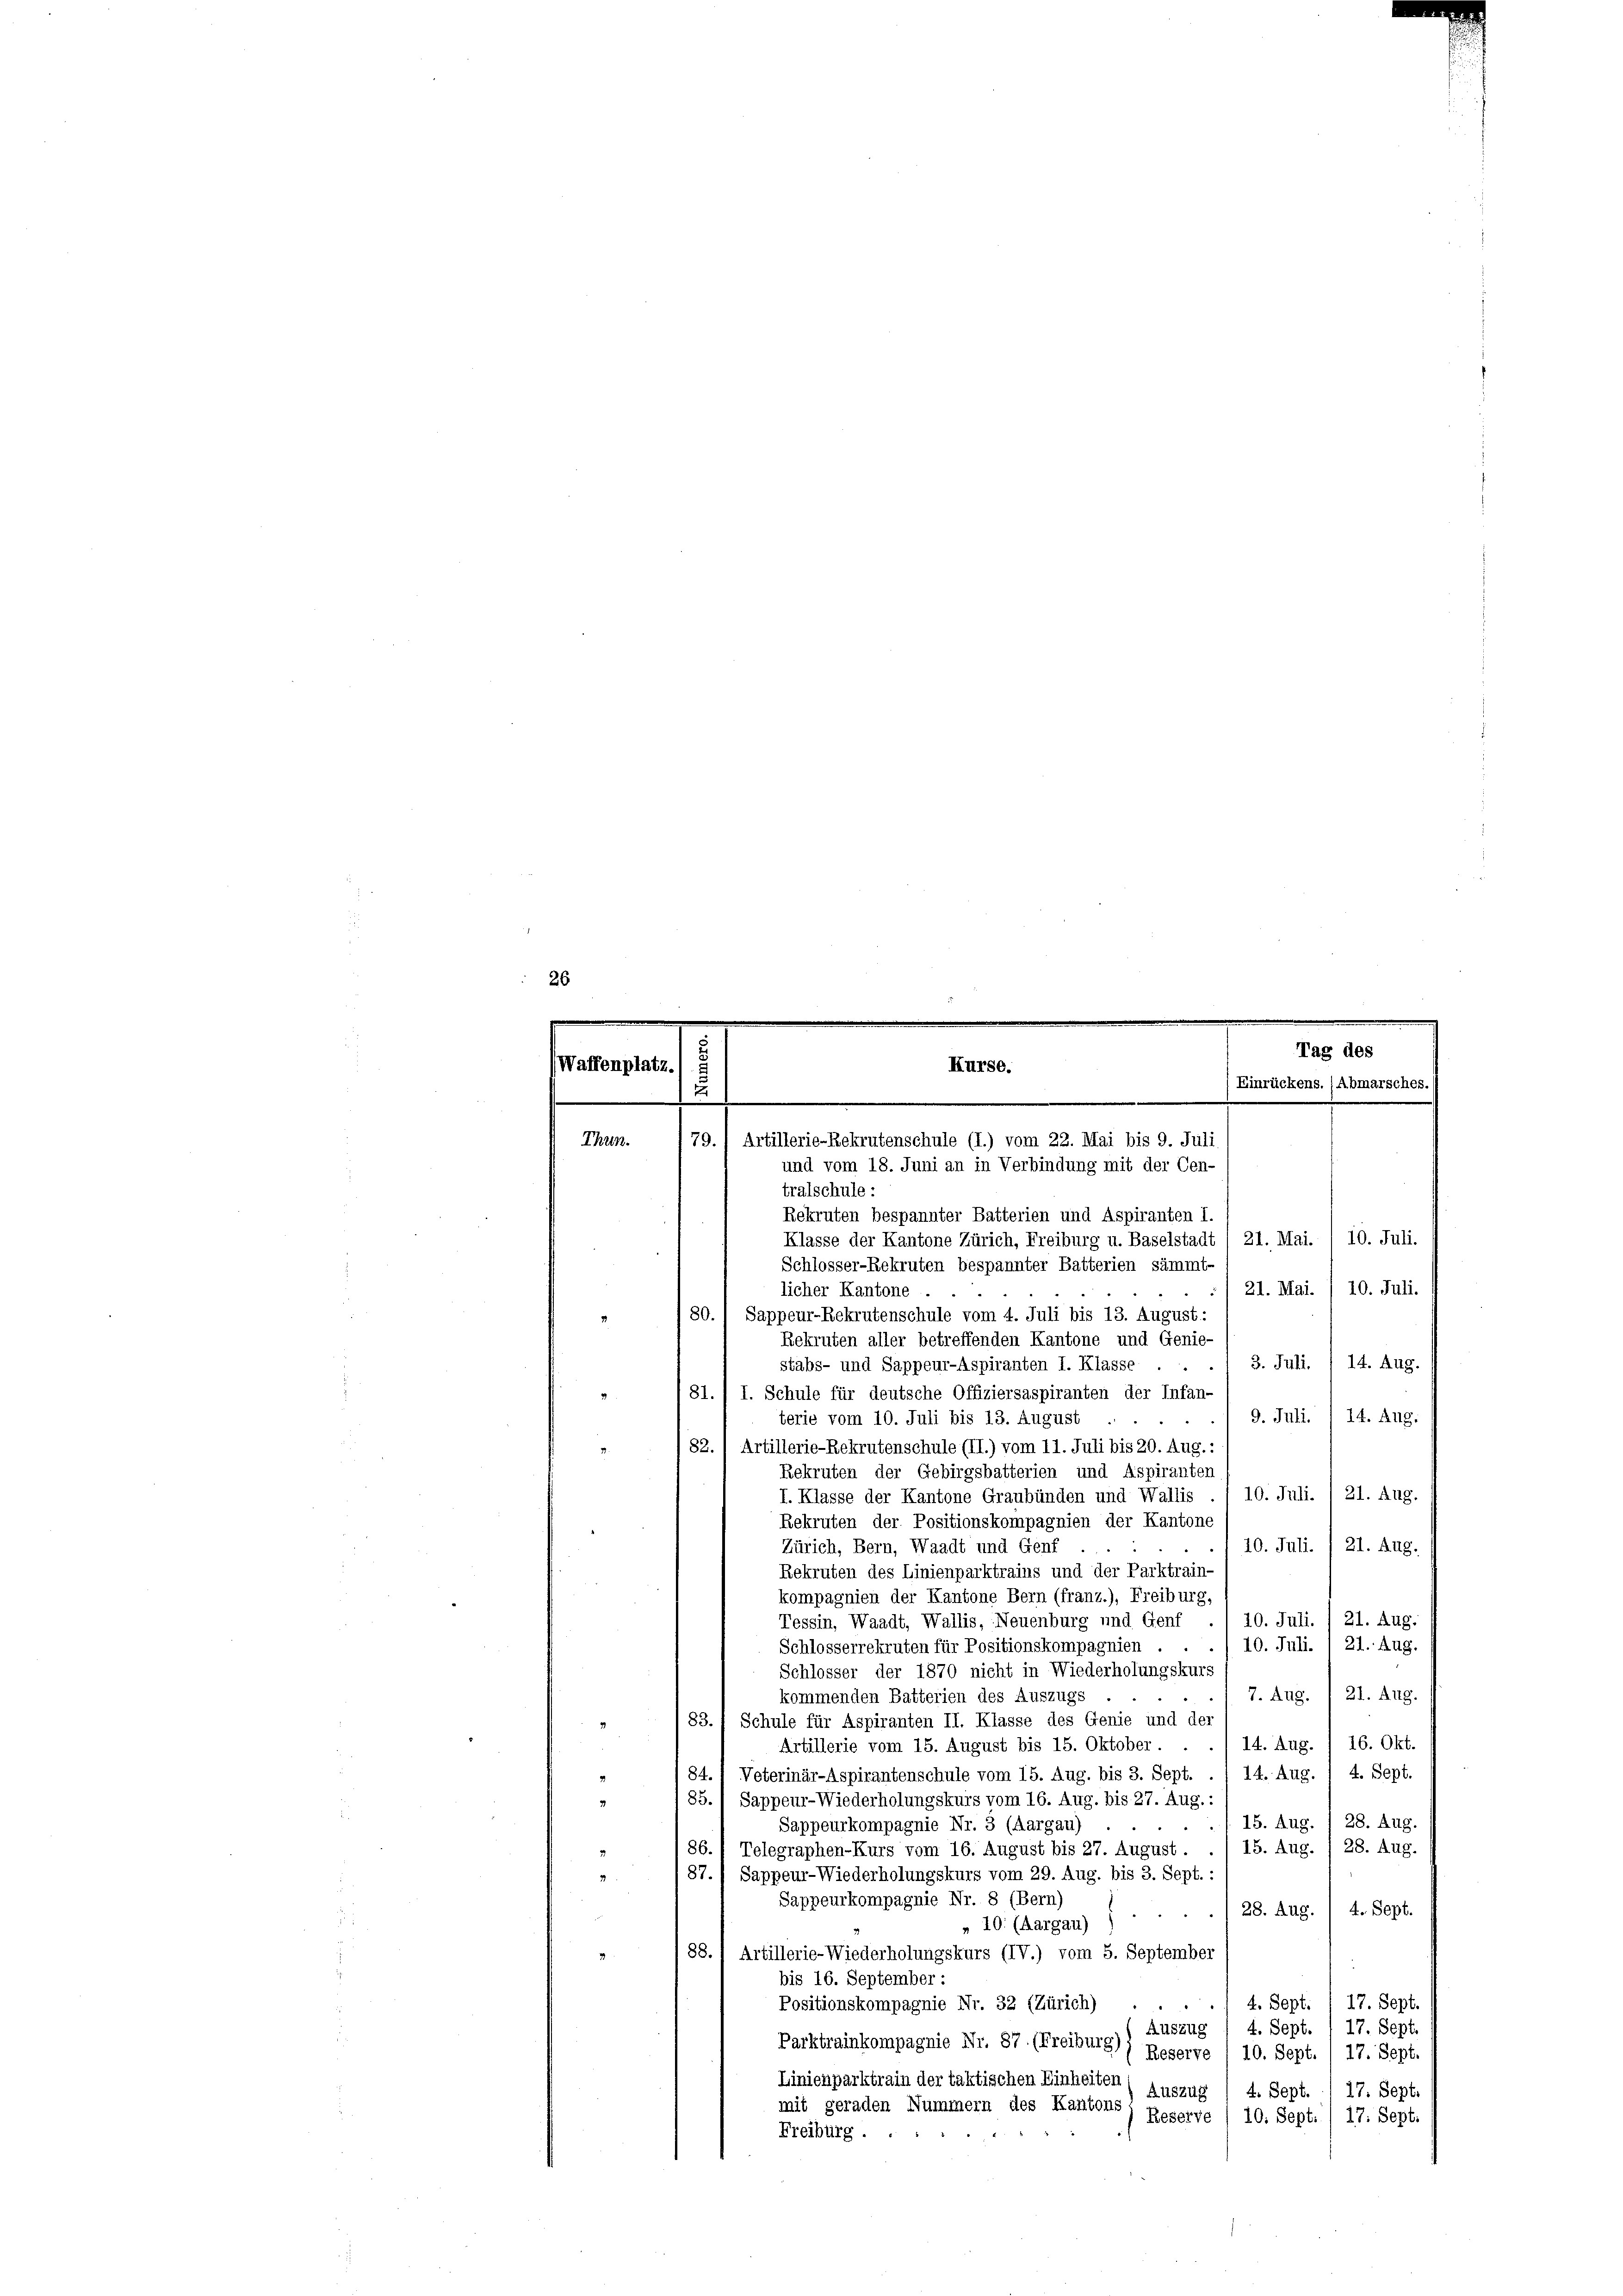
e
26
e
.

Waffenplatz

tralschule:
Rekruten bespannter Batterien und Aspiranten I.
Klasse der Kantone Zürich, Freiburg u. Baselstadt , 21. Mai. / 10. Juli.
Schlosser-Rekruten bespannter Batterien sämmt-
21. Mai. / 10. Juli.
licher Kantone .
80. Sappeur-Rekrutenschule vom 4. Juli bis 13. August:
2
Rekruten aller betreffenden Kantone und Genie-
3. Juli. / 14. Aug.
stabs- und Sappeur-Aspiranten I. Klasse ..
81. / I. Schule für deutsche Offiziersaspiranten der Infan-
9. Juli. /14. Aug.
terie vom 10. Juli bis 13. August
82. 1 Artillerie-Rekrutenschule (II.) vom 11. Juli bis 20. Aug.:
2.
Rekruten der Gebirgsbatterien und Aspiranten
10. Juli. I 21. Aug.
I. Klasse der Kantone Graubünden und Wallis
Rekruten der Positionskompagnien der Kantone
10. Juli. / 21. Aug.
Zürich, Bern, Waadt und Genf
Rekruten des Linienparktrains und der Parktrain-
kompagnien der Kantone Bern (franz.), Freiburg,
21. Aug.
Tessin, Waadt, Wallis, Neuenburg und Genf ., 10. Juli.
10. Juli. / 21. Aug.
Schlosserrekruten für Positionskompagnien . .
Schlosser der 1870 nicht in Wiederholungskurs
7. Aug. I 21. Aug.
kommenden Batterien des Auszugs
83. 1 Schule für Aspiranten II. Klasse des Genie und der
n
14. Aug. / 16. Okt.
Artillerie vom 15. August bis 15. Oktober.
84. 1 Veterinär-Aspirantenschule vom 15. Aug. bis 3. Sept. . / 14. Aug. 1 4. Sept.
3
2
85.1 Sappeur-Wiederholungskurs vom 16. Aug. bis 27. Aug.:
/ 15. Aug. / 28. Aug.
Sappeurkompagnie Nr. 3 (Aargau)
15. Aug. / 28. Aug.
86. / Telegraphen-Kurs vom 16. August bis 27. August.
87.) Sappeur-Wiederholungskurs vom 29. Aug. bis 3. Sept. :
Sappeurkompagnie Nr. 8 (Bern)
28. Aug. / 4. Sept.
„ 10. (Aargau) ;
88.
Artillerie-Wiederholungskurs (IV.) vom 5. September
bis 16. September :
Positionskompagnie Nr. 32 (Zürich)
17. Sept.
4. Sept.
17. Sept.
Auszug
4. Sept
Parktrainkompagnie Nr. 87. (Freiburg)) Reserve
17. Sept.
10. Sept.
Linienparktrain der taktischen Einheiten
Auszug
4. Sept. 1 17. Sept.
mit geraden Nummern des Kantons
Reserve / 10. Sept./ 17. Sept.
Freiburg.

Thun.

Tag des
Kurse.
(Einrückens. (Abmarsches.
79.) Artillerie-Rekrutenschule (I.) vom 22. Mai bis 9. Juli
und vom 18. Juni an in Verbindung mit der Cen-